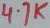
Text: 4.7K